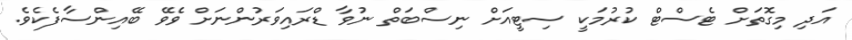
އަދި މިގޮތަށް ޓެސްޓް ކުރުމަކީ ސިޓީއަށް ނިސްބަތް ނުވާ ޑްރައިވަރުންނަށް ވެވޭ ބޭއިންސާފެކެވެ.